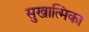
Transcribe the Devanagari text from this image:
सुखात्मिका